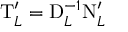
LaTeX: \mathrm { T } _ { L } ^ { \prime } = \mathrm { D } _ { L } ^ { - 1 } \mathrm { N } _ { L } ^ { \prime }